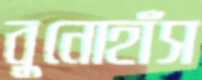
বুনোহাঁস